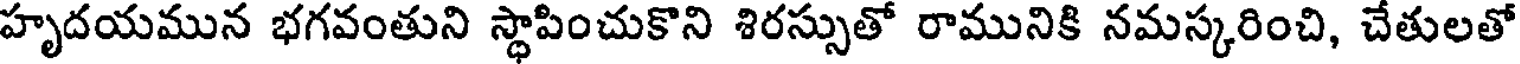
హృదయమున భగవంతుని స్థాపించుకొని శిరస్సుతో రామునికి నమస్కరించి, చేతులతో